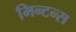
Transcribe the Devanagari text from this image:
मिन्टन्स